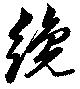
纔